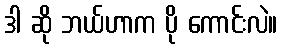
ဒါ ဆို ဘယ်ဟာက ပို ကောင်းလဲ။